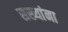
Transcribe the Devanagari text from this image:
सख्यांना